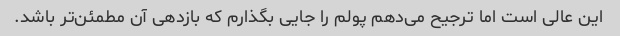
این عالی است اما ترجیح می‌دهم پولم را جایی بگذارم که بازدهی آن مطمئن‌تر باشد.